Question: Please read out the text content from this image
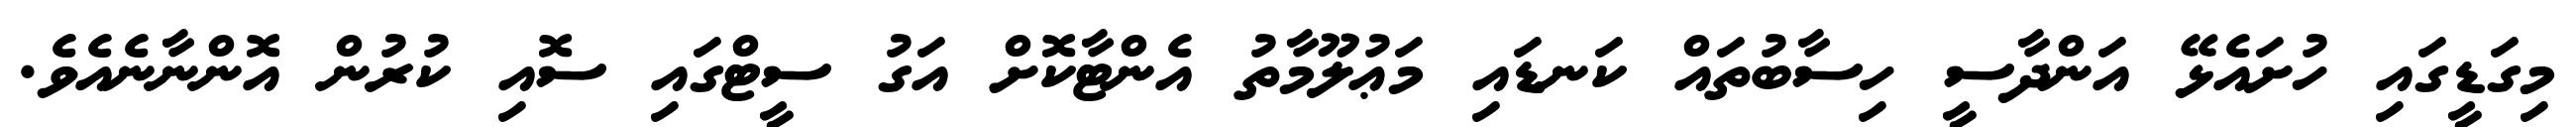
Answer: މިގަޑީގައި ހުށައެޅޭ އަންދާސީ ހިސާބުތައް ކަނޑައި މަޢުލޫމާތު އެންޓާކޮށް އަގު ސީޓްގައި ސޮއި ކުރުން އޮންނާނެއެވެ.